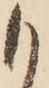
も